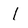
Character: l